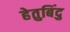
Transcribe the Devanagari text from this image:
हेतुबिंदु